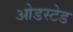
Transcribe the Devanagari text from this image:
ओडस्टेड